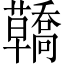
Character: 𧄳